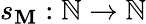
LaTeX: s_{\mathbf{M}}:\mathbb{{N}}\to\mathbb{{N}}